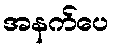
အနက်ပေ